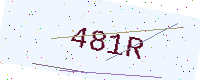
Text: 481R